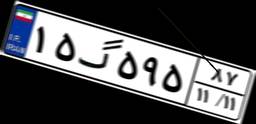
۱۵گ۵۹۵۸۷